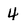
Character: 4